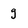
Character: g